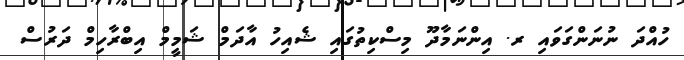
ހުއްދަ ނުނަންގަވައި ރ. އިންނަމާދޫ މިސްކިތުގައި ޝެއިހު އާދަމް ޝަމީމް އިބްރާހިމް ދަރުސް